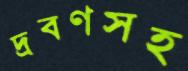
দ্রবণসহ